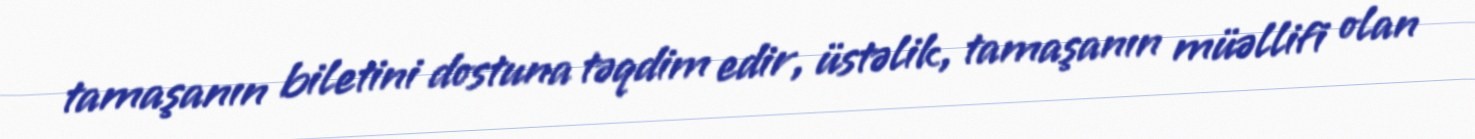
tamaşanın biletini dostuna təqdim edir, üstəlik, tamaşanın müəllifi olan